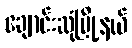
ချောင်းဆုံမြို့နယ်